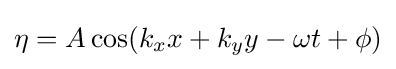
\eta =A\cos(k_{x}x+k_{y}y-\omega t+\phi )